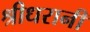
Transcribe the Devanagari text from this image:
श्रीधरानी